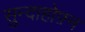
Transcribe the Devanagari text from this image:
सुन्दाहोफ़्न